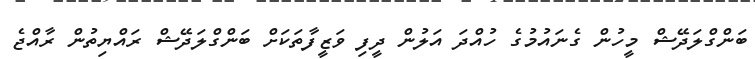
ބަންގްލަދޭޝް މީހުން ގެނައުމުގެ ހުއްދަ އަލުން ދީފި ވަޒީފާތަކަށް ބަންގްލަދޭޝް ރައްޔިތުން ރާއްޖެ